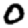
Digit: 0